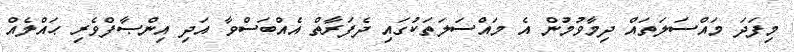
މިފަދަ މައްސަލަތައް ދިމާވުމުން އެ މައްސަލަތަކުގައި ދެފަރާތް އެއްބަސްވާ އަދި އިންޞާފްވެރި ޙައްލެއް